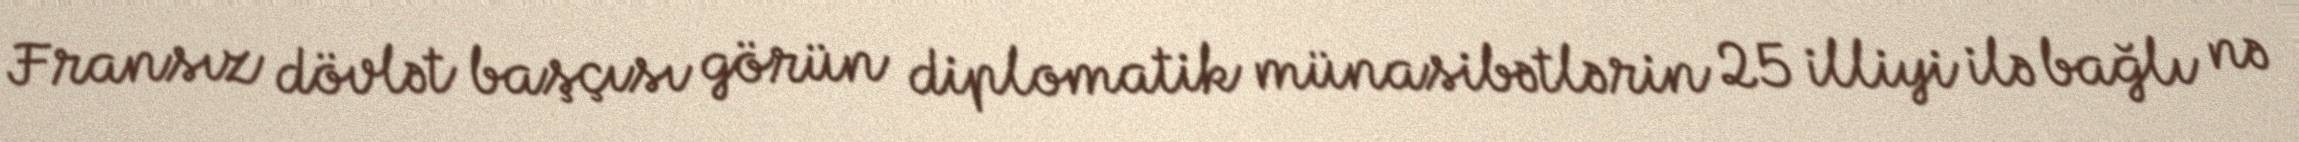
Fransız dövlət başçısı görün diplomatik münasibətlərin 25 illiyi ilə bağlı nə